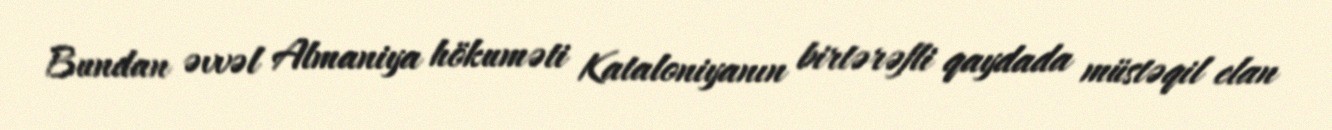
Bundan əvvəl Almaniya hökuməti Kataloniyanın birtərəfli qaydada müstəqil elan